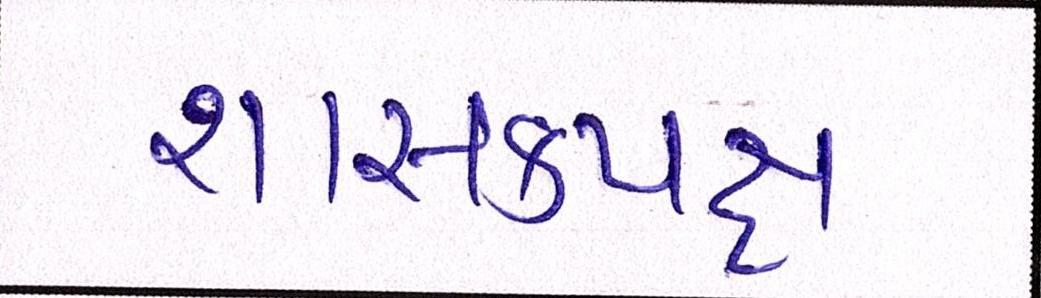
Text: શાસકપક્ષ